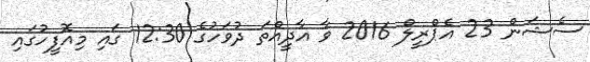
ސެޝަން 23 އެޕްރީލް 2016 ވާ އާދީއްތަ ދުވަހުގެ 12:30 ގައި މިއޮފީހުގައި